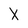
Character: X